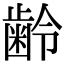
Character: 齢